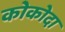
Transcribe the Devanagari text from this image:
कोकोदा